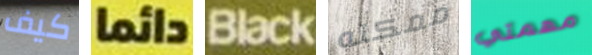
كيف دائما Black ممكنه مهمتي